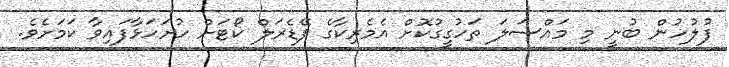
ފުލުހުން ބުނީ މި މައްސަލަ ތަހުގީގުކޮށް އެމެރިކާގެ ފޭޑެރަލް ކޯޓަށް ހުށަހަޅާފައިވާ ކަމަށެވެ.